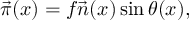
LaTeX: { \vec { \pi } } ( x ) = f \vec { n } ( x ) \sin \theta ( x ) ,